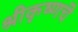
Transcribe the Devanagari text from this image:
श्रीकृष्णचॆ